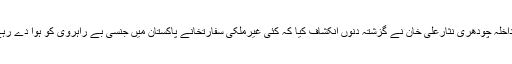
وزیر داخلہ چودھری نثارعلی خان نے گزشتہ دنوں انکشاف کیا کہ کئی غیرملکی سفارتخانے پاکستان میں جنسی بے راہروی کو ہوا دے رہے ہیں۔